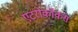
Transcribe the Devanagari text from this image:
एंटरोकॉकस